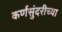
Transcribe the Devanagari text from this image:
कर्णसुंदरीच्या